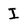
Character: I